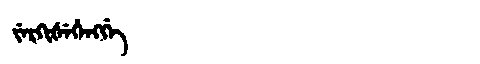
Manchu: ᠵᡝᡵᡴᡳᡧᡝᡥᡝᠩᡤᡝ
Romanization: JERKIŠEHENGGE